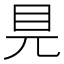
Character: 𥃺